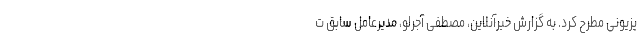
یزیونی مطرح کرد. به گزارش خبرآنلاین، مصطفی آجرلو، مدیرعامل سابق ت